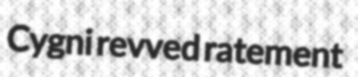
Cygni revved ratement